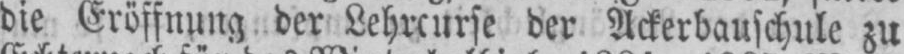
der Ackerbauschule zu